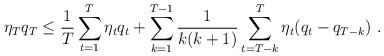
LaTeX: \begin{align*}\eta_T q_T \le \frac{1}{T} \sum_{t=1}^T \eta_t q_t + \sum_{k=1}^{T-1} \frac{1}{k(k+1)} \sum_{t=T-k}^T \eta_t (q_t - q_{T-k})~.\end{align*}